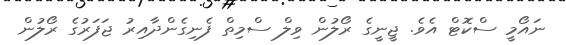
ނައޯމީ ސްކޮޓް އެވެ. ޖީނީގެ ރޯލުން ވިލް ސްމިތް ފެނިގެންދާއިރު ޖަފަރުގެ ރޯލުން